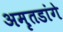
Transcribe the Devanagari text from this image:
अमृतडांगे